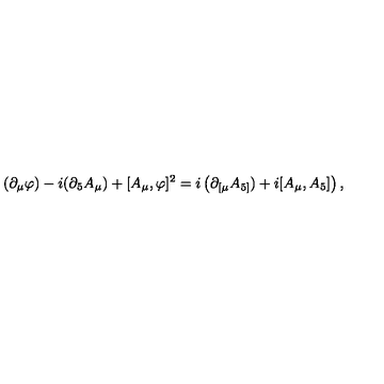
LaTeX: ( \partial _ { \mu } \varphi ) - i ( \partial _ { 5 } A _ { \mu } ) + [ A _ { \mu } , \varphi ] ^ { 2 } = i \left( \partial _ { \lbrack \mu } A _ { 5 ] } ) + i [ A _ { \mu } , A _ { 5 } ] \right) ,